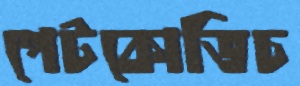
পেটকোভিচ